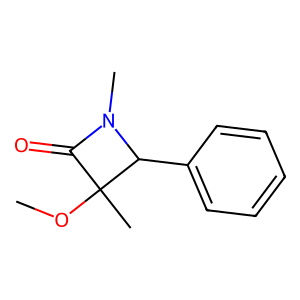
SMILES: COC1(C)C(=O)N(C)C1c1ccccc1
Inhibits HIV replication: No